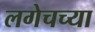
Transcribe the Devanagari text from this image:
लगेचच्या